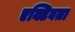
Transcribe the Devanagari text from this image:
एक्टिवता